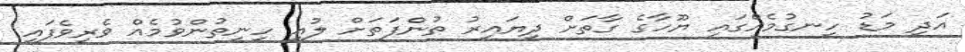
އަދި މަޑު ހިނގުމެއްގައި ޔޫހާގެ ގާތަށް ދިޔައިރު ތުންފަތަށް ލުއި ހިނިތުންވުމެއް ވެރިވެފައި